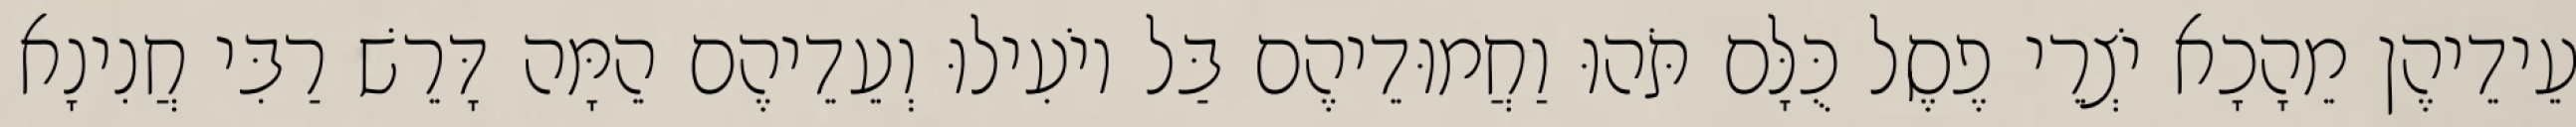
עֵידֵיהֶן מֵהָכָא יֹצְרֵי פֶסֶל כֻּלָּם תֹּהוּ וַחֲמוּדֵיהֶם בַּל יוֹעִילוּ וְעֵדֵיהֶם הֵמָּה דָּרֵשׁ רַבִּי חֲנִינָא